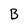
Character: B